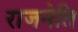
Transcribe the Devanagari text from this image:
राजनेति